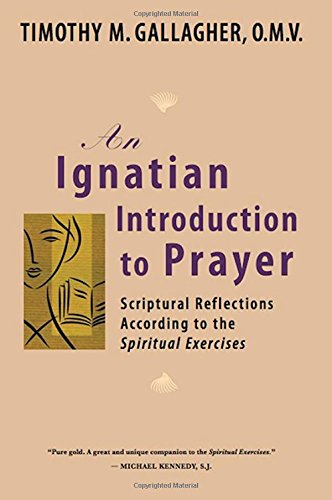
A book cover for An Ignatian Introduction to Prayer: Scriptural Reflections According to the Spiritual Exercises; Timothy M.  OMV Gallagher; Christian Books & Bibles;